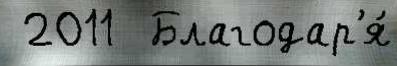
 2011  Благодар'я́